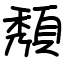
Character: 頺